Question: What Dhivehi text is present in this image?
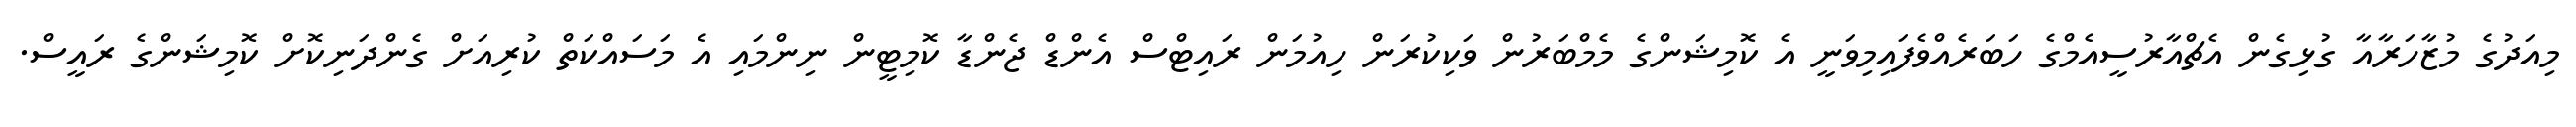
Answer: މިއަދުގެ މުޒާހަރާއާ ގުޅިގެން އެޗްއާރުސީއެމްގެ ހަބަރެއްވެފައިމިވަނީ އެ ކޮމިޝަންގެ މެމްބަރުން ވަކިކުރަން ހިއުމަން ރައިޓްސް އެންޑް ޖެންޑާ ކޮމިޓީން ނިންމައި އެ މަސައްކަތް ކުރިއަށް ގެންދަނިކޮށް ކޮމިޝަންގެ ރައީސް.